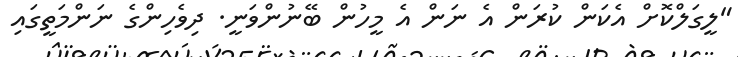
"ލީގަލްކޮށް އެކަން ކުރަން އެ ނަން އެ މީހުން ބޭނުންވަނީ. ދިވެހިންގެ ނަންމަތީގައި